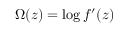
\Omega ( z ) = \log f ^ { \prime } ( z )